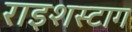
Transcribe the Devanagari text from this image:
राइशस्टाग